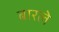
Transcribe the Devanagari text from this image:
बारले